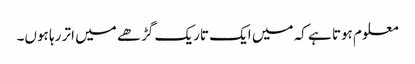
معلوم ہوتا ہے کہ میں ایک تاریک گڑھے میں اتر رہا ہوں۔